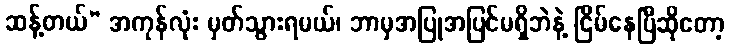
ဆန့်တယ်” အကုန်လုံး မှတ်သွားရမယ်၊ ဘာမှအပြုအပြင်မရှိဘဲနဲ့ ငြိမ်နေပြီဆိုတော့